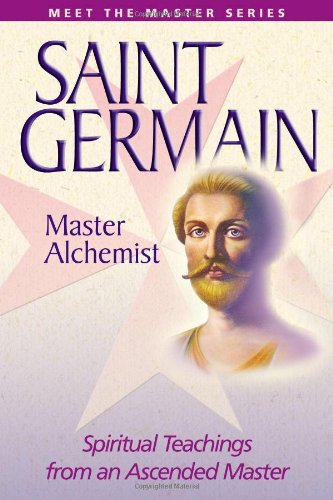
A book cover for Saint Germain: Master Alchemist: Spiritual Teachings From An Ascended Master (Meet the Master); Elizabeth Clare Prophet; Religion & Spirituality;